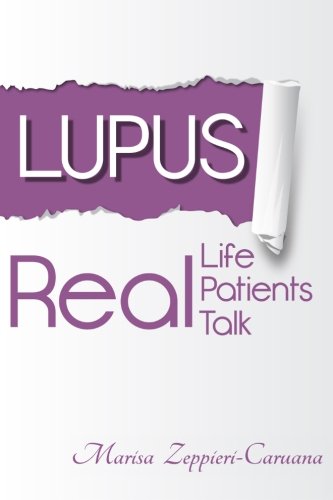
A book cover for Lupus: Real Life, Real Patients, Real Talk; Mrs. Marisa L Zeppieri-Caruana; Health, Fitness & Dieting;